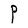
Character: P